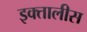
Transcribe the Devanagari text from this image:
इक्तालीस